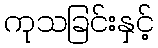
ကုသခြင်းနှင့်